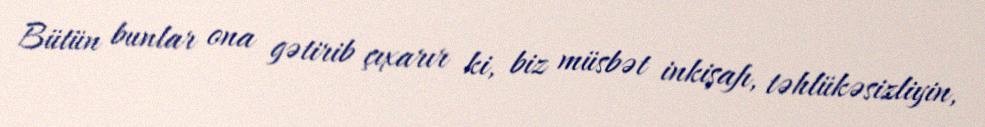
Bütün bunlar ona gətirib çıxarır ki, biz müsbət inkişafı, təhlükəsizliyin,